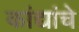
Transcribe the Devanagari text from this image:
कांद्यांचे